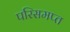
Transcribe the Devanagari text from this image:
परिसमप्‍त